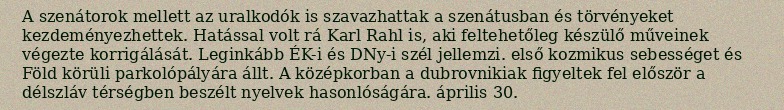
A szenátorok mellett az uralkodók is szavazhattak a szenátusban és törvényeket kezdeményezhettek. Hatással volt rá Karl Rahl is, aki feltehetőleg készülő műveinek végezte korrigálását. Leginkább ÉK-i és DNy-i szél jellemzi. első kozmikus sebességet és Föld körüli parkolópályára állt. A középkorban a dubrovnikiak figyeltek fel először a délszláv térségben beszélt nyelvek hasonlóságára. április 30.